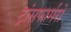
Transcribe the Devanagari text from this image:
ट्रांसफार्मरों